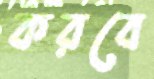
করবে